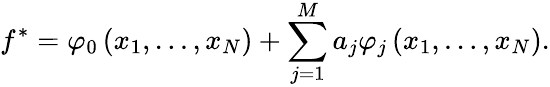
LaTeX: f^{*}=\varphi_{0}\left(x_{1},\ldots,x_{N}\right)+\sum_{j=1}^{M}a_{j}\varphi_{j}\left(x_{1},\ldots,x_{N}\right).